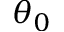
\theta _ { 0 }